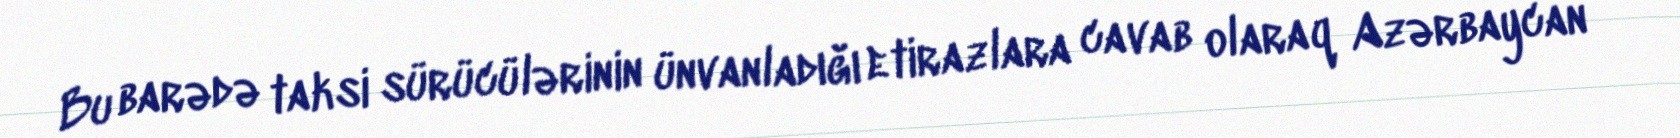
Bu barədə taksi sürücülərinin ünvanladığı etirazlara cavab olaraq Azərbaycan